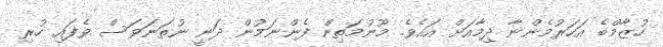
ހުޒާމްބެ އަހަރުމެންނާ ދިމާއަށް އައެވެ. މޫނުމަތިން ފެންނަމުން ދަނީ ނުތަނަވަސް ވެފައި ހުރި